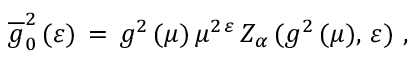
\overline { { { g } } } _ { 0 } ^ { 2 } \, ( \varepsilon ) \, = \, g ^ { 2 } \, ( \mu ) \, \mu ^ { 2 \, \varepsilon } \, Z _ { \alpha } \, ( g ^ { 2 } \, ( \mu ) , \, \varepsilon ) \, \, ,